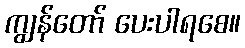
ကျွန်တော် ပေးပါရစေ။